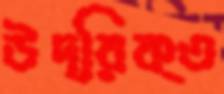
উদ্রিক্ত